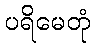
ပရိမေတုံ